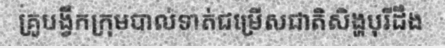
គ្រូបង្វឹកក្រុមបាល់ទាត់ជម្រើសជាតិសិង្ហបុរីដឹង